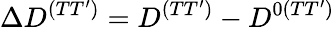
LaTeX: \Delta D^{(TT^{\prime})}=D^{(TT^{\prime})}-D^{0(TT^{\prime})}